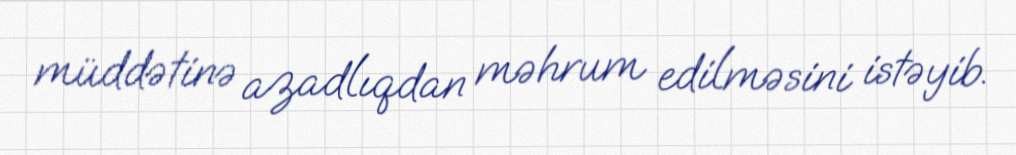
müddətinə azadlıqdan məhrum edilməsini istəyib.